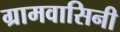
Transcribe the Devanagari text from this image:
ग्रामवासिनी